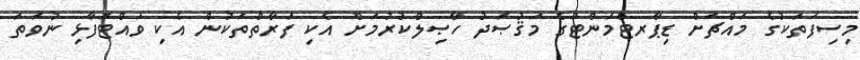
މިސިފަތަކުގެ މައްޗަށް ޑިޕާރޓްމަންޓުގެ މަޤުޞަދު ހާޞިލްކުރުމަށް އެކި ފަރާތްތަކުން އެކި ވައްޓަފާޅި ނުވަތަ